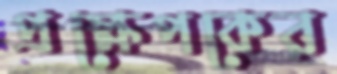
প্রক্ষেপকের